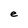
Character: e